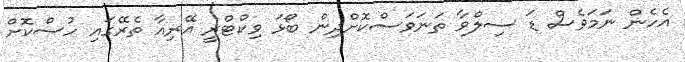
އެހެން ނަމަވެސް ޑަ ސިލްވާ ތަނަވަސްކޮށްދިން ބޯޅަ ވިކްޓްރީ އޭރިއާ ތެރޭގައި ހުސްކޮށް